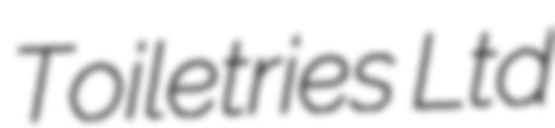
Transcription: Toiletries Ltd